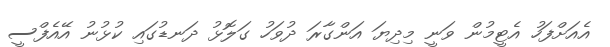
އެއަށްފަހު އެޓީމުން ވަނީ މިދިޔަ އަންގާރަ ދުވަހު ގަލޮޅު ދަނޑުގައި ކުޅުނު އޭއެފްސީ